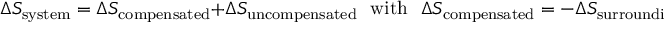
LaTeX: \Delta S _ { \mathrm { s y s t e m } } = \Delta S _ { \mathrm { c o m p e n s a t e d } } + \Delta S _ { \mathrm { u n c o m p e n s a t e d } } \, \, \, \, { \mathrm { w i t h } } \, \, \, \, \Delta S _ { \mathrm { c o m p e n s a t e d } } = - \Delta S _ { \mathrm { s u r r o u n d i n g s } } .